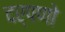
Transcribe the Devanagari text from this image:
दर्पणो